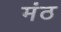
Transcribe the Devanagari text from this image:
मंठ